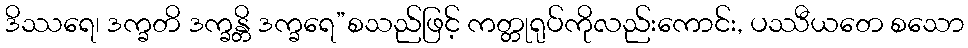
ဒိဿရေ၊ ဒက္ခတိ ဒက္ခန္တိ ဒက္ခရေ”စသည်ဖြင့် ကတ္တုရုပ်ကိုလည်းကောင်း, ပဿီယတေ စသော